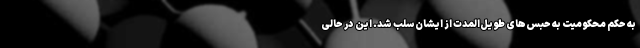
به حکم محکومیت به حبس‌های طویل‌المدت از ایشان سلب شد. این در حالی